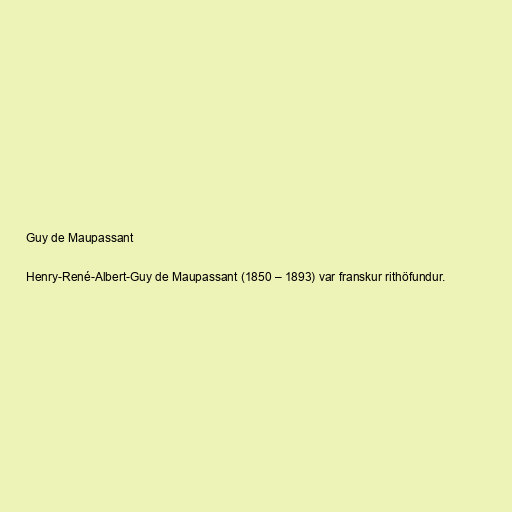
Guy de Maupassant

Henry-René-Albert-Guy de Maupassant (1850 – 1893) var franskur rithöfundur.